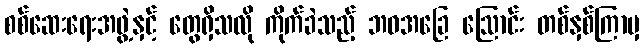
စစ်ဆေးရေးအဖွဲ့နှင့် တွေရှိသလို ကိုက်ခဲသည့် ဘဝအခြေ ဩောင်း တစ်နှစ်ကြာမှ